Civil Veterinary Department. United Provinces 1912-22 - 1912-1922
Year: 1912
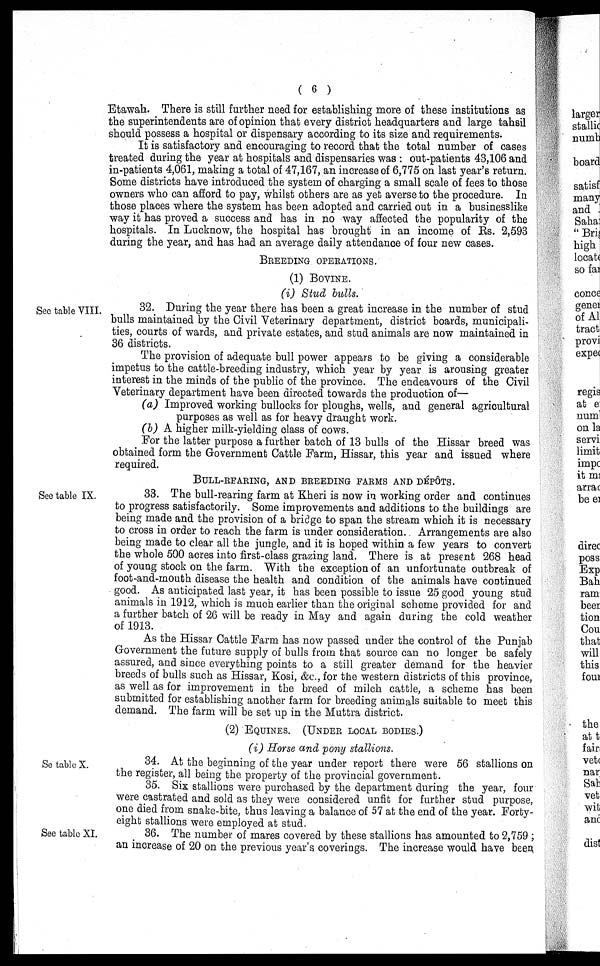
( 6 )
Etawah. There is still further need for establishing more of these institutions as
the superintendents are of opinion that every district headquarters and large tahsil
should possess a hospital or dispensary according to its size and requirements.
It is satisfactory and encouraging to record that the total number of cases
treated during the year at hospitals and dispensaries was: out-patients 43,106 and
in-patients 4,061, making a total of 47,167, an increase of 6,775 on last year's return.
Some districts have introduced the system of charging a small scale of fees to those
owners who can afford to pay, whilst others are as yet averse to the procedure. In
those places where the system has been adopted and carried out in a businesslike
way it has proved a success and has in no way affected the popularity of the
hospitals. In Lucknow, the hospital has brought in an income of Rs. 2,593
during the year, and has had an average daily attendance of four new cases.
BREEDING OPERATIONS.
(1) BOVINES.
(i) Stud bulls.
See table VIII.
32. During the year there has been a great increase in the number of stud
bulls maintained by the Civil Veterinary department, district boards, municipali-
ties, courts of wards, and private estates, and stud animals are now maintained in
36 districts.
The provision of adequate bull power appears to be giving a considerable
impetus to the cattle-breeding industry, which year by year is arousing greater
interest in the minds of the public of the province. The endeavours of the Civil
Veterinary department have been directed towards the production of—
(a) Improved working bullocks for ploughs, wells, and general agricultural
purposes as well as for heavy draught work.
(b) A higher milk-yielding class of cows.
For the latter purpose a further batch of 13 bulls of the Hissar breed was
obtained form the Government Cattle Farm, Hissar, this year and issued where
required.
BULL-RERING, AND BREEDING FARMS AND DÉPÔTS.
See table IX.
33. The bull-rearing farm at Kheri is now in working order and continues
to progress satisfactorily. Some improvements and additions to the buildings are
being made and the provision of a bridge to span the stream which it is necessary
to cross in order to reach the farm is under consideration. Arrangements are also
being made to clear all the jungle, and it is hoped within a few years to convert
the whole 500 acres into first-class grazing land. There is at present 268 head
of young stock on the farm. With the exception of an unfortunate outbreak of
foot-and-mouth disease the health and condition of the animals have continued
good. As anticipated last year, it has been possible to issue 25 good young stud
animals in 1912, which is much earlier than the original scheme provided for and
a further batch of 26 will be ready in May and again during the cold weather
of 1913.
As the Hissar Cattle Farm has now passed under the control of the Punjab
Government the future supply of bulls from that source can no longer be safely
assured, and since everything points to a still greater demand for the heavier
breeds of bulls such as Hissar, Kosi, &c., for the western districts of this province,
as well as for improvement in the breed of milch cattle, a scheme has been
submitted for establishing another farm for breeding animals suitable to meet this
demand. The farm will be set up in the Muttra district.
(2) EQUINES. (UNDER LOCAL BODIES.)
(i) Horse and pony stallions.
See table X.
34. At the beginning of the year under report there were 56 stallions on
the register, all being the property of the provincial government.
35. Six stallions were purchased by the department during the year, four
were castrated and sold as they were considered unfit for further stud purpose,
one died from snake-bite, thus leaving a balance of 57 at the end of the year. Forty-
eight stallions were employed at stud.
See table XI.
36. The number of mares covered by these stallions has amounted to 2,759;
an increase of 20 on the previous year's coverings. The increase would have been